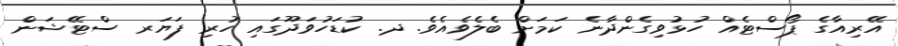
އޭރިއާގެ ޕޯސްޓެއް ހުޅުވިގެންދާނެ ކަމަށް ބެލެވެއެވެ. ދ. ކުޑަހުވަދޫގައި ހުރި ފަޔަރ ސްޓޭޝަން